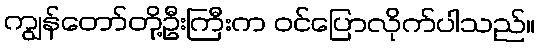
ကျွန်တော်တို့ဦးကြီးက ဝင်ပြောလိုက်ပါသည်။